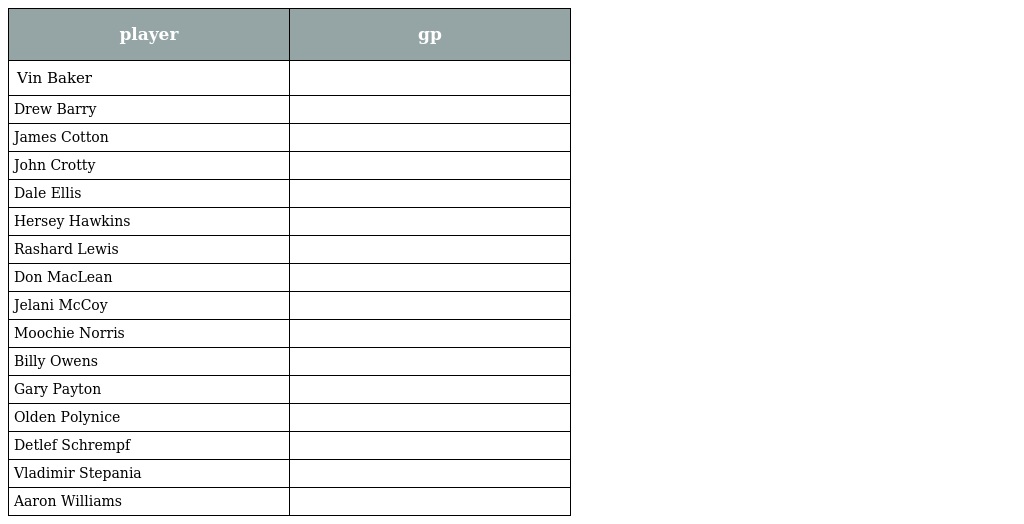
| player | gp |
 | --- | --- |
 | Vin Baker |  |
 | Drew Barry |  |
 | James Cotton |  |
 | John Crotty |  |
 | Dale Ellis |  |
 | Hersey Hawkins |  |
 | Rashard Lewis |  |
 | Don MacLean |  |
 | Jelani McCoy |  |
 | Moochie Norris |  |
 | Billy Owens |  |
 | Gary Payton |  |
 | Olden Polynice |  |
 | Detlef Schrempf |  |
 | Vladimir Stepania |  |
 | Aaron Williams |  |